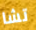
تشا